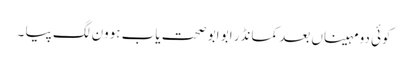
کوئی دو مہیناں بعد کمانڈر ابو ابو صحت یاب ہوون لگ پیا ۔